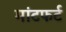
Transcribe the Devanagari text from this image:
मांटफर्ट